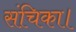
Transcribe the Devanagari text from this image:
संचिका।